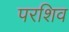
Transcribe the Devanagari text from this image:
परशिव